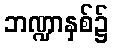
ဘဏ္ဍာနှစ်၌